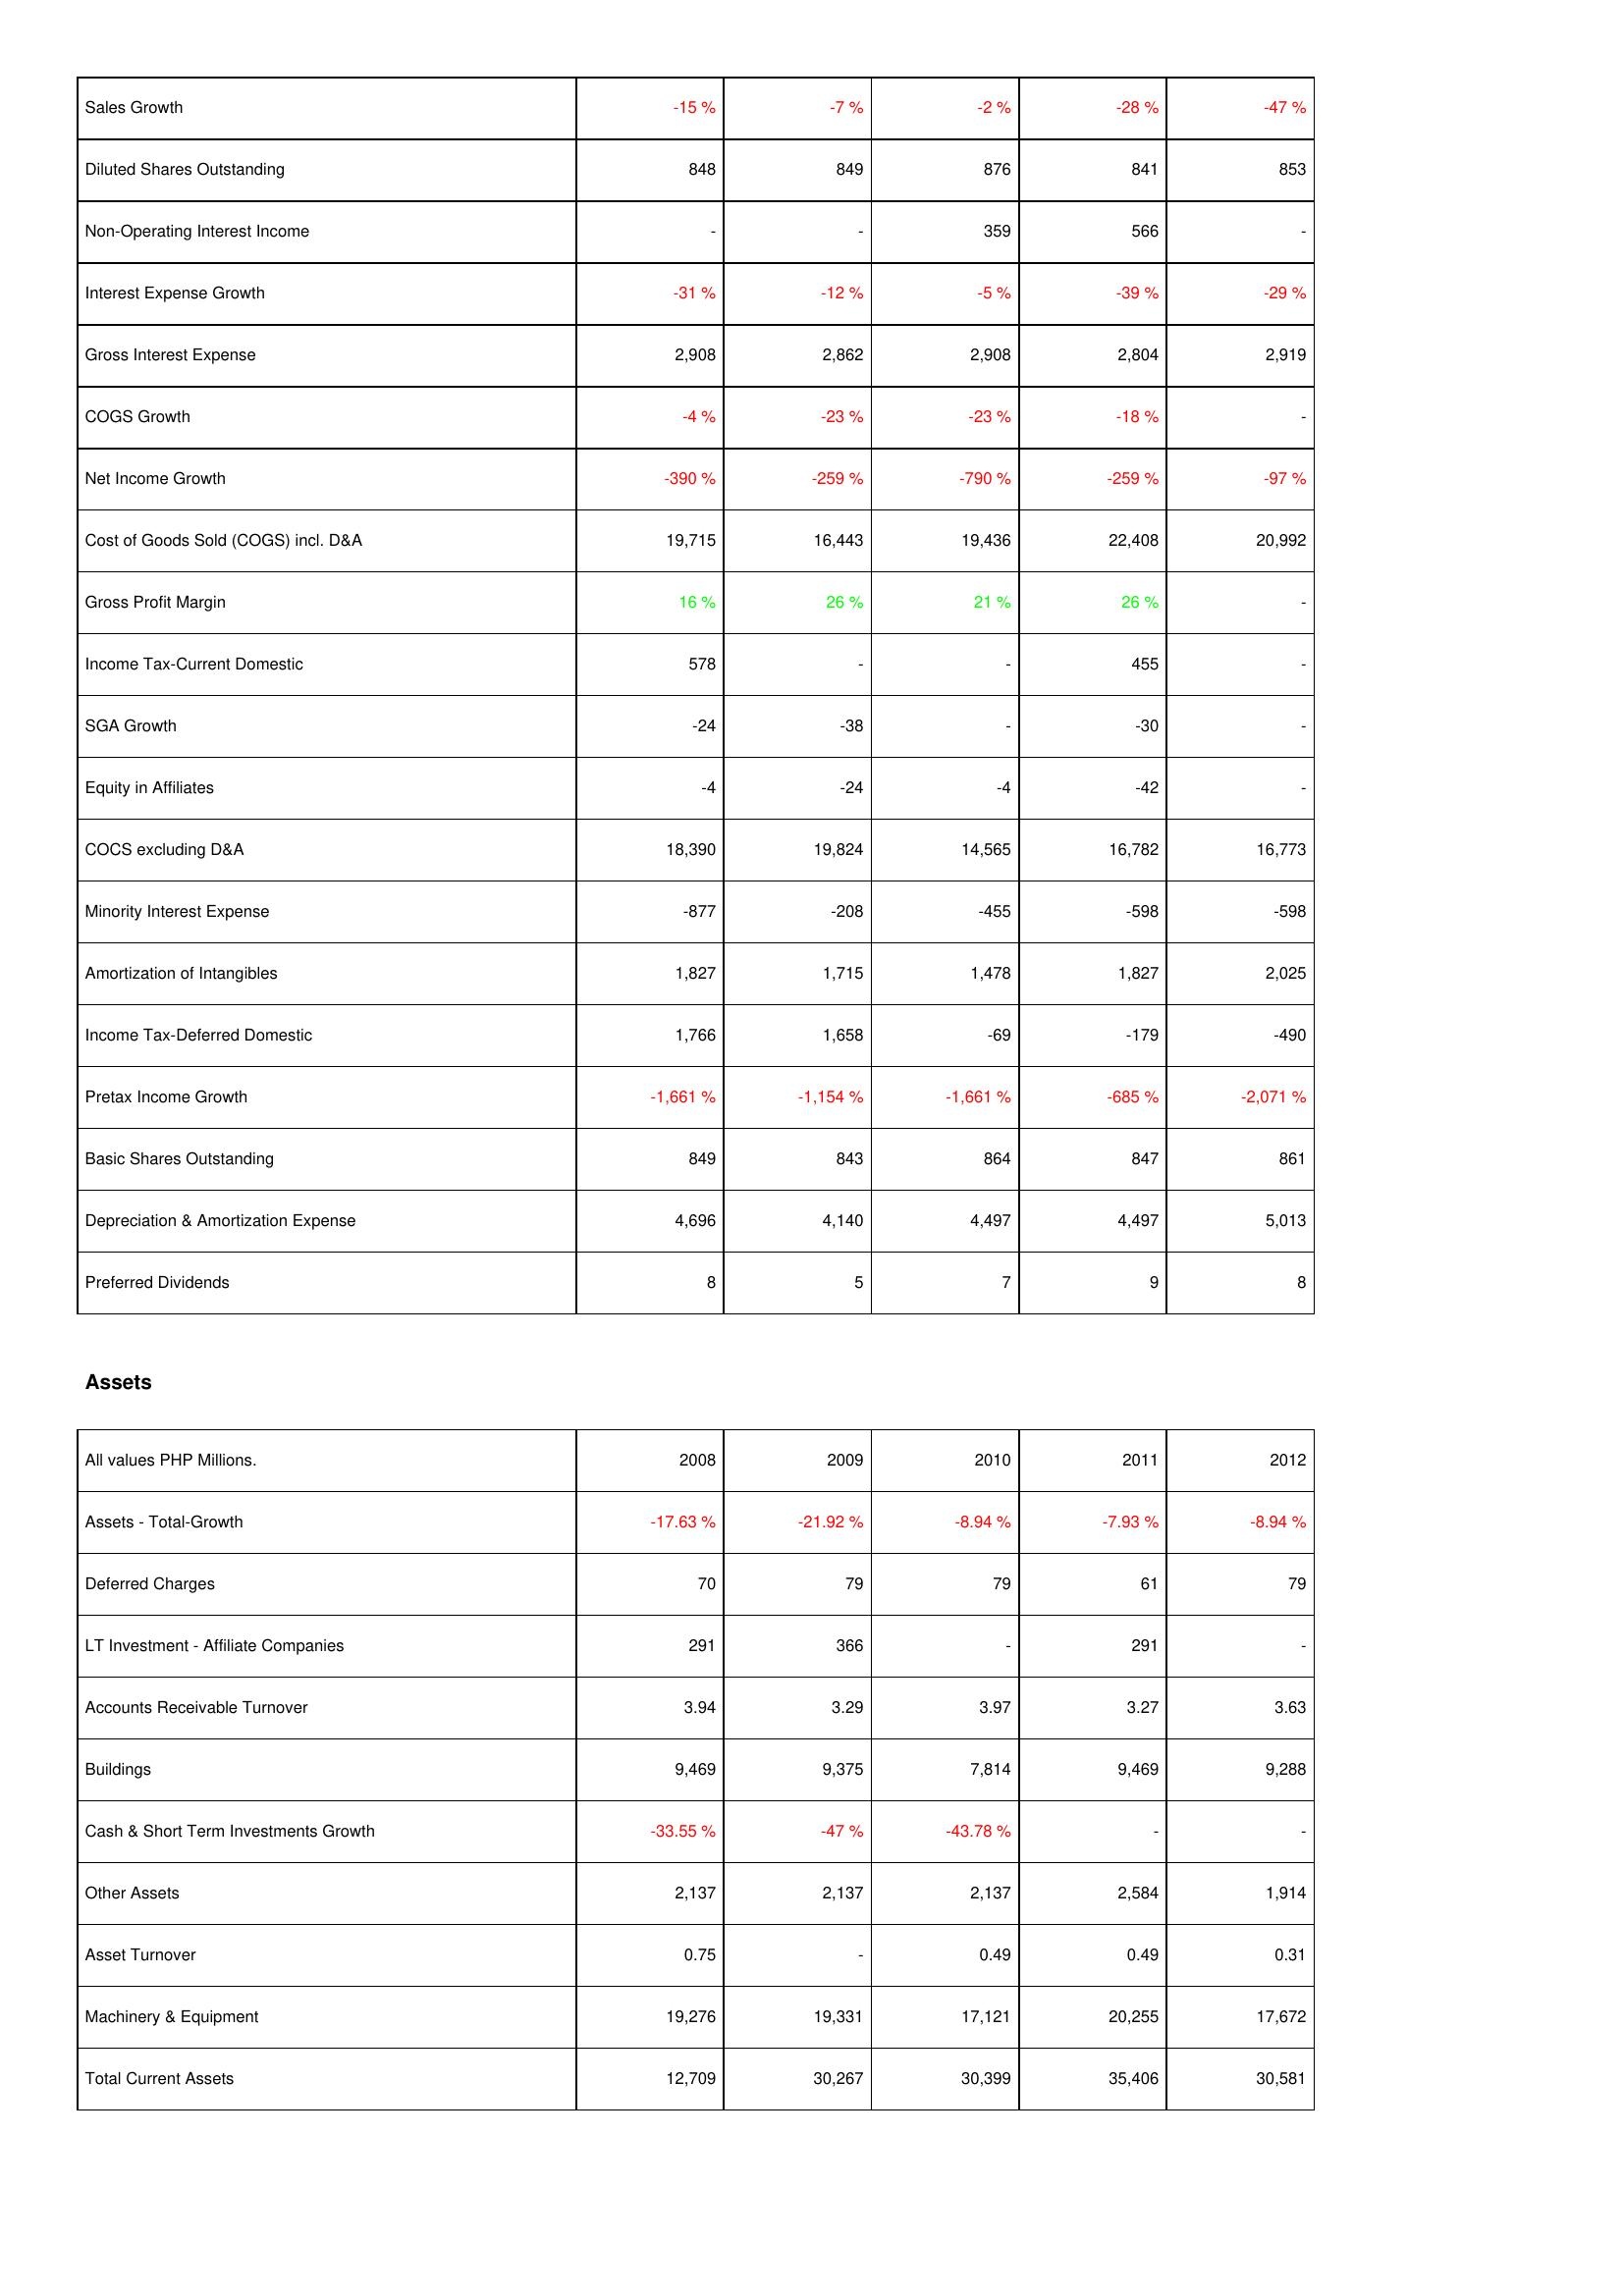
2008: Income Statement: Sales Growth: -15 %
Diluted Shares Outstanding: 848
Non-Operating Interest Income: -
Interest Expense Growth: -31 %
Gross Interest Expense: 2,908
COGS Growth: -4 %
Net Income Growth: -390 %
Cost of Goods Sold (COGS) incl. D&A: 19,715
Gross Profit Margin: 16 %
Income Tax-Current Domestic: 578
SGA Growth: -24
Equity in Affiliates: -4
COCS excluding D&A: 18,390
Minority Interest Expense: -877
Amortization of Intangibles: 1,827
Income Tax-Deferred Domestic: 1,766
Pretax Income Growth: -1,661 %
Basic Shares Outstanding: 849
Depreciation & Amortization Expense: 4,696
Preferred Dividends: 8
Assets: Assets - Total-Growth: -17.63 %
Deferred Charges: 70
LT Investment - Affiliate Companies: 291
Accounts Receivable Turnover: 3.94
Buildings: 9,469
Cash & Short Term Investments Growth: -33.55 %
Other Assets: 2,137
Asset Turnover: 0.75
Machinery & Equipment: 19,276
Total Current Assets: 12,709
2009: Income Statement: Sales Growth: -7 %
Diluted Shares Outstanding: 849
Non-Operating Interest Income: -
Interest Expense Growth: -12 %
Gross Interest Expense: 2,862
COGS Growth: -23 %
Net Income Growth: -259 %
Cost of Goods Sold (COGS) incl. D&A: 16,443
Gross Profit Margin: 26 %
Income Tax-Current Domestic: -
SGA Growth: -38
Equity in Affiliates: -24
COCS excluding D&A: 19,824
Minority Interest Expense: -208
Amortization of Intangibles: 1,715
Income Tax-Deferred Domestic: 1,658
Pretax Income Growth: -1,154 %
Basic Shares Outstanding: 843
Depreciation & Amortization Expense: 4,140
Preferred Dividends: 5
Assets: Assets - Total-Growth: -21.92 %
Deferred Charges: 79
LT Investment - Affiliate Companies: 366
Accounts Receivable Turnover: 3.29
Buildings: 9,375
Cash & Short Term Investments Growth: -47 %
Other Assets: 2,137
Asset Turnover: -
Machinery & Equipment: 19,331
Total Current Assets: 30,267
2010: Income Statement: Sales Growth: -2 %
Diluted Shares Outstanding: 876
Non-Operating Interest Income: 359
Interest Expense Growth: -5 %
Gross Interest Expense: 2,908
COGS Growth: -23 %
Net Income Growth: -790 %
Cost of Goods Sold (COGS) incl. D&A: 19,436
Gross Profit Margin: 21 %
Income Tax-Current Domestic: -
SGA Growth: -
Equity in Affiliates: -4
COCS excluding D&A: 14,565
Minority Interest Expense: -455
Amortization of Intangibles: 1,478
Income Tax-Deferred Domestic: -69
Pretax Income Growth: -1,661 %
Basic Shares Outstanding: 864
Depreciation & Amortization Expense: 4,497
Preferred Dividends: 7
Assets: Assets - Total-Growth: -8.94 %
Deferred Charges: 79
LT Investment - Affiliate Companies: -
Accounts Receivable Turnover: 3.97
Buildings: 7,814
Cash & Short Term Investments Growth: -43.78 %
Other Assets: 2,137
Asset Turnover: 0.49
Machinery & Equipment: 17,121
Total Current Assets: 30,399
2011: Income Statement: Sales Growth: -28 %
Diluted Shares Outstanding: 841
Non-Operating Interest Income: 566
Interest Expense Growth: -39 %
Gross Interest Expense: 2,804
COGS Growth: -18 %
Net Income Growth: -259 %
Cost of Goods Sold (COGS) incl. D&A: 22,408
Gross Profit Margin: 26 %
Income Tax-Current Domestic: 455
SGA Growth: -30
Equity in Affiliates: -42
COCS excluding D&A: 16,782
Minority Interest Expense: -598
Amortization of Intangibles: 1,827
Income Tax-Deferred Domestic: -179
Pretax Income Growth: -685 %
Basic Shares Outstanding: 847
Depreciation & Amortization Expense: 4,497
Preferred Dividends: 9
Assets: Assets - Total-Growth: -7.93 %
Deferred Charges: 61
LT Investment - Affiliate Companies: 291
Accounts Receivable Turnover: 3.27
Buildings: 9,469
Cash & Short Term Investments Growth: -
Other Assets: 2,584
Asset Turnover: 0.49
Machinery & Equipment: 20,255
Total Current Assets: 35,406
2012: Income Statement: Sales Growth: -47 %
Diluted Shares Outstanding: 853
Non-Operating Interest Income: -
Interest Expense Growth: -29 %
Gross Interest Expense: 2,919
COGS Growth: -
Net Income Growth: -97 %
Cost of Goods Sold (COGS) incl. D&A: 20,992
Gross Profit Margin: -
Income Tax-Current Domestic: -
SGA Growth: -
Equity in Affiliates: -
COCS excluding D&A: 16,773
Minority Interest Expense: -598
Amortization of Intangibles: 2,025
Income Tax-Deferred Domestic: -490
Pretax Income Growth: -2,071 %
Basic Shares Outstanding: 861
Depreciation & Amortization Expense: 5,013
Preferred Dividends: 8
Assets: Assets - Total-Growth: -8.94 %
Deferred Charges: 79
LT Investment - Affiliate Companies: -
Accounts Receivable Turnover: 3.63
Buildings: 9,288
Cash & Short Term Investments Growth: -
Other Assets: 1,914
Asset Turnover: 0.31
Machinery & Equipment: 17,672
Total Current Assets: 30,581